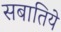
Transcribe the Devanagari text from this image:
सबातिये